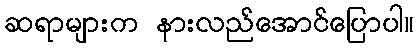
ဆရာများက နားလည်အောင်ပြောပါ။